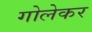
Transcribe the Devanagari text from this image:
गोलेकर